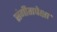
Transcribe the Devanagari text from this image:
संगीतापेक्षा